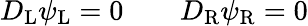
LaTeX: D_{\mathrm{{L}}}\psi_{\mathrm{{L}}}=0\qquad D_{\mathrm{{R}}}\psi_{\mathrm{{R}}}=0